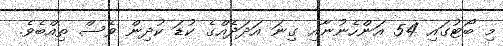
މި ބޯޓުގައި 54 އަންހެނުނާއި ގިނަ އަދަދެއްގެ ކުޑަ ކުދިން ވެސް ތިއްބެވެ.